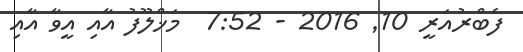
ފެބްރުއަރީ 10